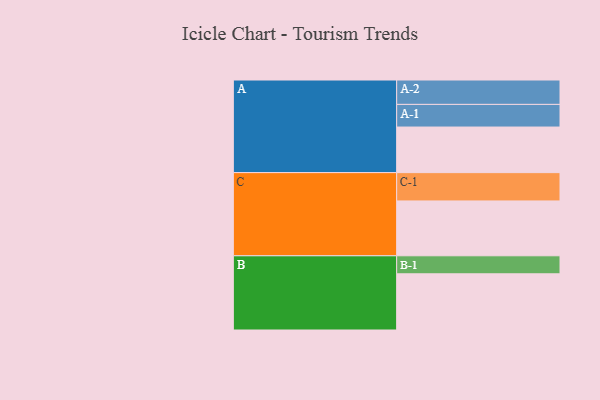
{"axis": {"x": "Segment", "y": "Value"}, "legend": ["", "A", "B", "C"], "data": [{"x": "A", "y": 443, "type": ""}, {"x": "B", "y": 546, "type": ""}, {"x": "C", "y": 533, "type": ""}, {"x": "A-1", "y": 220, "type": "A"}, {"x": "A-2", "y": 237, "type": "A"}, {"x": "B-1", "y": 175, "type": "B"}, {"x": "C-1", "y": 275, "type": "C"}]}